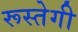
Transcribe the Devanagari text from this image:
रूस्तेगी